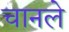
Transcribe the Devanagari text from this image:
चानले